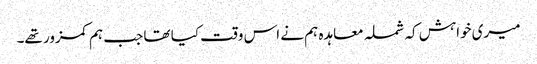
میری خواہش کہ شملہ معاہدہ ہم نے اس وقت کیا تھا جب ہم کمزور تھے۔